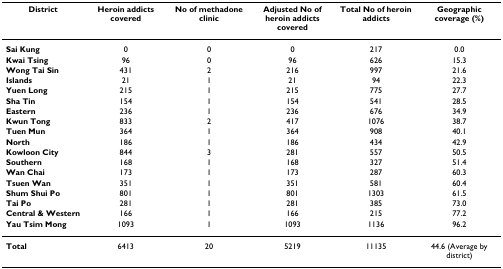
| District | Heroin addicts covered | No of methadone clinic | Adjusted No of heroin addicts covered | Total No of heroin addicts | Geographic coverage (%) |
 | --- | --- | --- | --- | --- | --- |
 | Sai Kung | 0 | 0 | 0 | 217 | 0.0 |
 | Kwai Tsing | 96 | 0 | 96 | 626 | 15.3 |
 | Wong Tai Sin | 431 | 2 | 216 | 997 | 21.6 |
 | Islands | 21 | 1 | 21 | 94 | 22.3 |
 | Yuen Long | 215 | 1 | 215 | 775 | 27.7 |
 | Sha Tin | 154 | 1 | 154 | 541 | 28.5 |
 | Eastern | 236 | 1 | 236 | 676 | 34.9 |
 | Kwun Tong | 833 | 2 | 417 | 1076 | 38.7 |
 | Tuen Mun | 364 | 1 | 364 | 908 | 40.1 |
 | North | 186 | 1 | 186 | 434 | 42.9 |
 | Kowloon City | 844 | 3 | 281 | 557 | 50.5 |
 | Southern | 168 | 1 | 168 | 327 | 51.4 |
 | Wan Chai | 173 | 1 | 173 | 287 | 60.3 |
 | Tsuen Wan | 351 | 1 | 351 | 581 | 60.4 |
 | Shum Shui Po | 801 | 1 | 801 | 1303 | 61.5 |
 | Tai Po | 281 | 1 | 281 | 385 | 73.0 |
 | Central & Western | 166 | 1 | 166 | 215 | 77.2 |
 | Yau Tsim Mong | 1093 | 1 | 1093 | 1136 | 96.2 |
 | Total | 6413 | 20 | 5219 | 11135 | 44.6 (Average by district) |